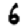
Digit: 6